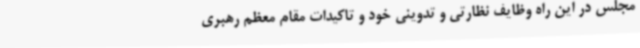
مجلس در این راه وظایف نظارتی و تدوینی خود و تاکیدات مقام معظم رهبری